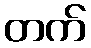
တက်